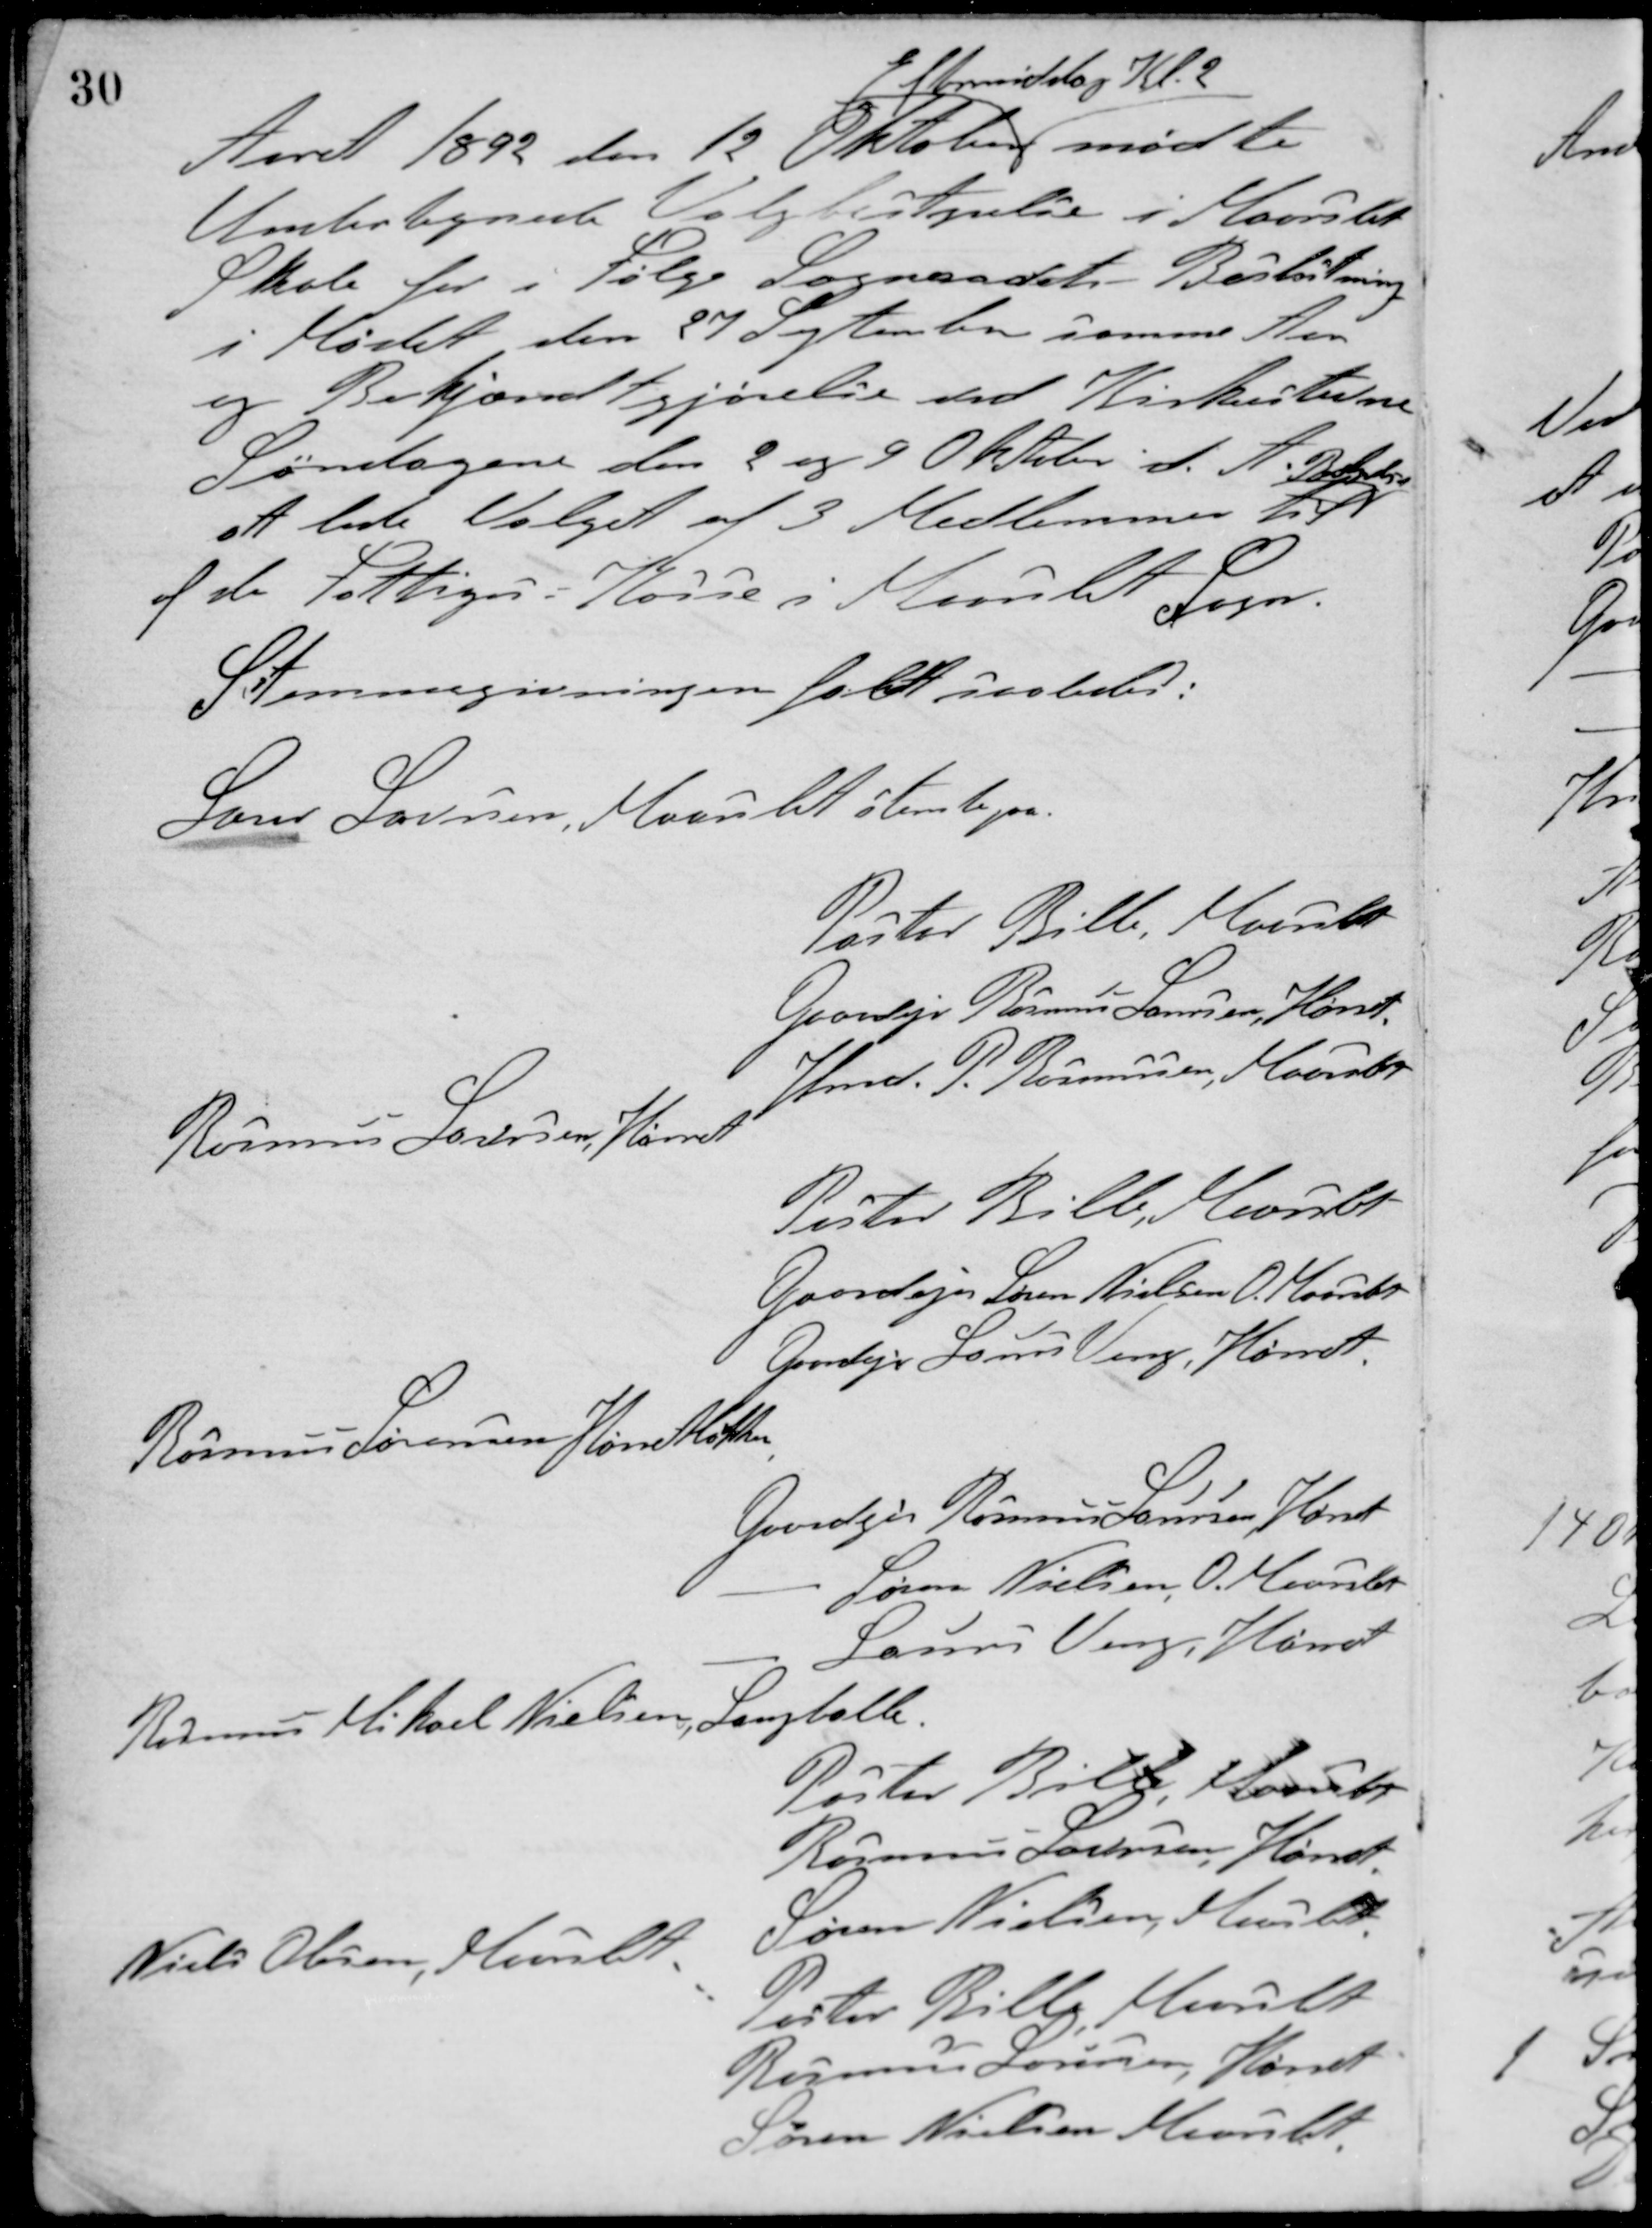
Transskription:
Aaret 1892 den 12 Oktober
Eftermiddag Kl. 2
mødte
Undertegnede Valgbestyrelse i Maarslet
Skole for i Følge Sognerådets Beslutning
i Mødet den 27 September samme Aar
og Bekjendtgjørelse ved Kirketidne
Søndagene den 2 og 9 Oktober d. A. Bergelse
at lede Valget af 3 Medlemmer til
af de Fattiges Kasse i Maarslet Sogn
Stemmegivningen faldt saaledes:
Laus Laursen, Maarslet stemte på
Pastor Bille, Maarslet
Gaardejer Rasmus Laursen, Hørret,
Hmd. P. Rasmussen, Maarslet
Rasmus Laursen, Hørret
Pastor Bille, Maarslet
Gaardejer Søren Nielsen, O. Maarslet
Gaardejer Laurs Veng, Hørret
Rasmus Sørensen Hørretløkken
Gaardejer Rasmus Sørensen, Hørret
- Søren Nielsen, O. Maarslet
- Laurs Veng, Hørret
Rasmus Mikael Nielsen, Langballe
Pastor Bille, Maarslet
Rasmus Laursen Hørret
Søren Nielsen, Maarslet
Niels Olesen, Maarslet
Pastor Bille, Maarslet
Rasmus Sørensen, Hørret
Søren Nielsen, Maarslet